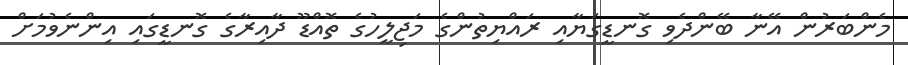
މެންބަރުން އޭނާ ބޭންދެވި ގޮނޑީގަޔާއި ރައްޔިތުންގެ މަޖިލީހުގެ ތޮއްޑޫ ދާއިރާގެ ގޮނޑީގައި އިންނެވުމަށް